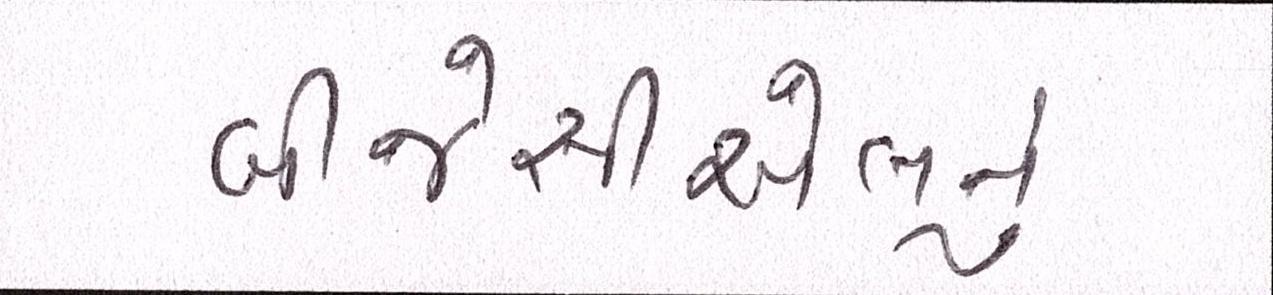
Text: બીજેસીએલનું